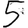
Digit: 5